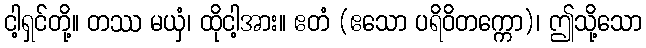
ငါ့ရှင်တို့။ တဿ မယှံ၊ ထိုငါ့အား။ ဧတံ (ဧသော ပရိဝိတက္ကော)၊ ဤသို့သော